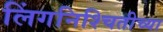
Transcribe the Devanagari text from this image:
लिंगनिश्चितीच्या